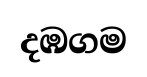
දඹගම